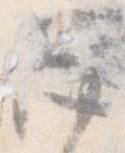
忩